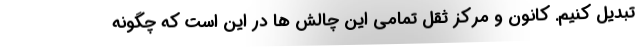
تبدیل کنیم. کانون و مرکز ثقل تمامی این چالش ها در این است که چگونه